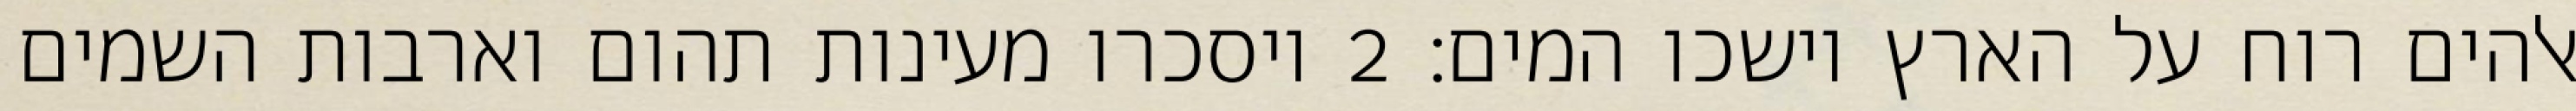
אלהים רוח על הארץ וישכו המים׃ ‎2‏ ויסכרו מעינות תהום וארבות השמים